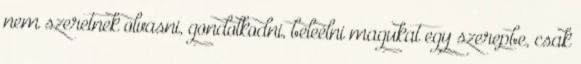
nem szeretnek olvasni, gondolkodni, beleélni magukat egy szerepbe, csak